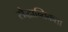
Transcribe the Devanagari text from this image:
सैद्धान्तिकता